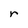
Character: r